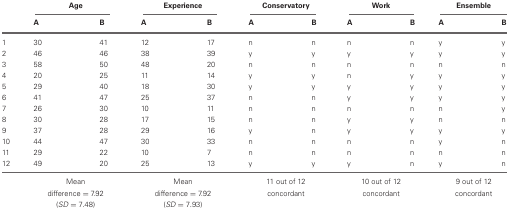
|  | <COLSPAN=2> Age | <COLSPAN=2> Experience | <COLSPAN=2> Conservatory | <COLSPAN=2> Work | <COLSPAN=2> Ensemble |
 |  | A | B | A | B | A | B | A | B | A | B |
 | --- | --- | --- | --- | --- | --- | --- | --- | --- | --- | --- |
 | 1 | 30 | 41 | 12 | 17 | n | n | n | n | y | y |
 | 2 | 46 | 46 | 38 | 39 | y | y | y | y | y | y |
 | 3 | 58 | 50 | 48 | 20 | n | n | n | n | n | n |
 | 4 | 20 | 25 | 11 | 14 | y | y | n | y | y | y |
 | 5 | 29 | 40 | 18 | 30 | y | y | y | y | y | y |
 | 6 | 41 | 47 | 25 | 37 | n | n | y | y | y | y |
 | 7 | 26 | 30 | 10 | 11 | n | n | n | n | n | y |
 | 8 | 30 | 28 | 17 | 15 | n | n | y | y | n | n |
 | 9 | 37 | 28 | 29 | 16 | y | n | y | y | y | y |
 | 10 | 44 | 47 | 30 | 33 | n | n | n | n | y | n |
 | 11 | 29 | 22 | 10 | 7 | n | n | n | n | n | n |
 | 12 | 49 | 20 | 25 | 13 | y | y | y | n | y | n |
 |  | <COLSPAN=2> Mean | <COLSPAN=2> Mean | <COLSPAN=2> 11 out of 12 | <COLSPAN=2> 10 out of 12 | <COLSPAN=2> 9 out of 12 |
 |  | <COLSPAN=2> difference = 7.92 | <COLSPAN=2> difference = 7.92 | <COLSPAN=2> concordant | <COLSPAN=2> concordant | <COLSPAN=2> concordant |
 |  | <COLSPAN=2> (SD = 7.48) | <COLSPAN=2> (SD = 7.93) | <COLSPAN=2>  | <COLSPAN=2>  | <COLSPAN=2>  |